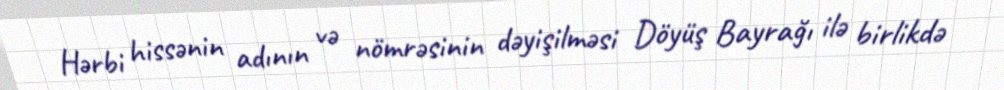
Hərbi hissənin adının və nömrəsinin dəyişilməsi Döyüş Bayrağı ilə birlikdə